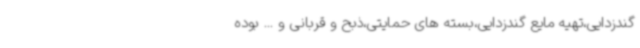
گندزدایی،تهیه مایع گندزدایی،بسته های حمایتی،ذبح و قربانی و ... بوده